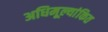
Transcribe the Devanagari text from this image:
अधिमूल्यांकित